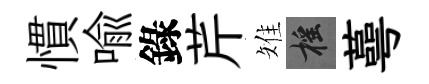
慣喩錄芹雉摇蕚